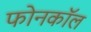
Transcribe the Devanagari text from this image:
फोनकाॅल